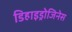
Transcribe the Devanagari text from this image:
डिहाइड्रोजिनेस